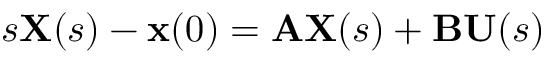
s \mathbf { X } ( s ) - \mathbf { x } ( 0 ) = \mathbf { A } \mathbf { X } ( s ) + \mathbf { B } \mathbf { U } ( s )